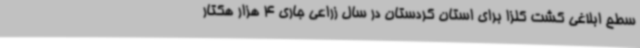
سطح ابلاغی کشت کلزا برای استان کردستان در سال زراعی جاری 4 هزار هکتار